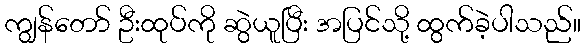
ကျွန်တော် ဦးထုပ်ကို ဆွဲယူပြီး အပြင်သို့ ထွက်ခဲ့ပါသည်။